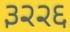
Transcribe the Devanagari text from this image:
३२२६